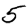
Digit: 5